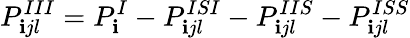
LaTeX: P_{\mathbf{i}jl}^{III}=P_{\mathbf{i}}^{I}-P_{\mathbf{i}jl}^{ISI}-P_{\mathbf{i}jl}^{IIS}-P_{\mathbf{i}jl}^{ISS}